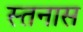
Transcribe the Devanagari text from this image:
स्तनास